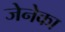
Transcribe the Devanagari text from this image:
जेनेका